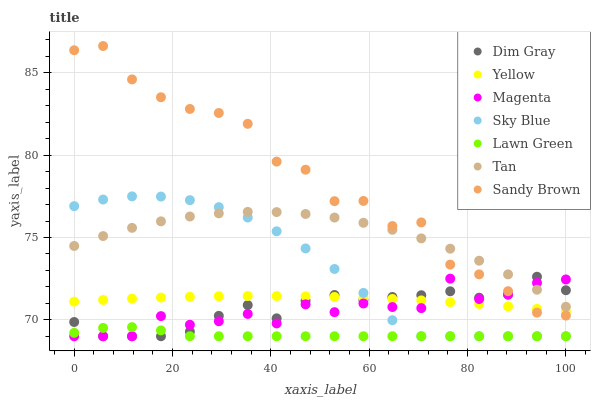
| xaxis_label | Dim Gray | Yellow | Magenta | Sky Blue | Lawn Green | Tan | Sandy Brown |
 | --- | --- | --- | --- | --- | --- | --- | --- |
 | 0 | 69.9 | 71.1 | 69 | 76.9 | 69.2 | 74.5 | 86.4 |
 | 5.88 | 69 | 71.2 | 69 | 77.3 | 69.5 | 75.1 | 86.6 |
 | 11.8 | 69 | 71.3 | 69 | 77.5 | 69.6 | 75.6 | 84.6 |
 | 17.6 | 69 | 71.3 | 70.2 | 77.5 | 69.4 | 76 | 83.5 |
 | 23.5 | 69.3 | 71.4 | 69.7 | 77.3 | 69 | 76.3 | 82.8 |
 | 29.4 | 70.2 | 71.4 | 69.9 | 76.8 | 69 | 76.5 | 82.6 |
 | 35.3 | 70.9 | 71.4 | 70.4 | 76.2 | 69 | 76.6 | 81.9 |
 | 41.2 | 70.1 | 71.4 | 69.8 | 75.4 | 69 | 76.5 | 79.6 |
 | 47.1 | 71.2 | 71.4 | 70.9 | 74.3 | 69 | 76.4 | 79.1 |
 | 52.9 | 71.5 | 71.4 | 70.5 | 73.1 | 69 | 76.2 | 77.2 |
 | 58.8 | 71.2 | 71.3 | 71 | 71.6 | 69 | 75.9 | 77.2 |
 | 64.7 | 71.4 | 71.3 | 70.8 | 70 | 69 | 75.5 | 75.7 |
 | 70.6 | 71.5 | 71.2 | 70.7 | 69 | 69 | 74.9 | 75.9 |
 | 76.5 | 71.7 | 71.1 | 72.5 | 69 | 69 | 74.3 | 73.4 |
 | 82.4 | 71.3 | 71 | 71.3 | 69 | 69 | 73.6 | 72.8 |
 | 88.2 | 71.5 | 70.8 | 71.5 | 69 | 69 | 72.8 | 71.7 |
 | 94.1 | 72.6 | 70.7 | 72.2 | 69 | 69 | 71.8 | 70.4 |
 | 100 | 71.8 | 70.5 | 72.4 | 69 | 69 | 70.8 | 70.3 |